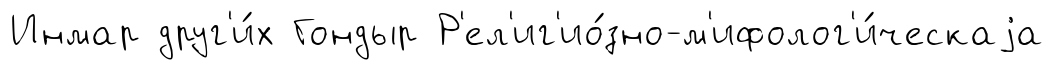
Инмар друг'и́х Гондыр Р'ел'иг'ио́зно-м'ифолог'и́ческаjа